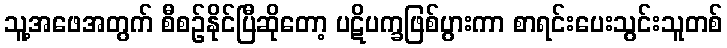
သူ့အဖေအတွက် စီစဉ်နိုင်ပြီဆိုတော့ ပဋိပက္ခဖြစ်ပွားကာ စာရင်းပေးသွင်းသူတစ်